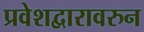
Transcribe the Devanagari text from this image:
प्रवेशद्वारावरुन